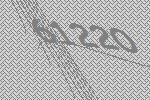
61220